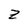
Character: z